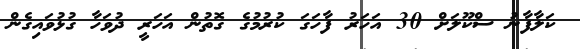
ކަލާފާނު ސްކޫލަށް 30 އަހަރު ފާހަގަ ކުރުމުގެ ގޮތުން އަހަރީ ދުވަހާ ގުޅުވައިގެން